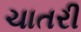
ચાતરી